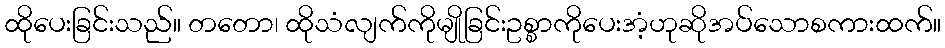
ထိုပေးခြင်းသည်။ တတော၊ ထိုသံလျက်ကိုမျိုခြင်းဥစ္စာကိုပေးအံ့ဟုဆိုအပ်သောစကားထက်။